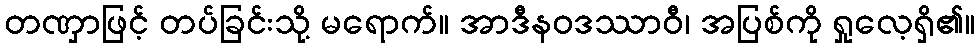
တဏှာဖြင့် တပ်ခြင်းသို့ မရောက်။ အာဒီနဝဒဿာဝီ၊ အပြစ်ကို ရှုလေ့ရှိ၏။